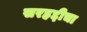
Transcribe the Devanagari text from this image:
सरहद्दीचा